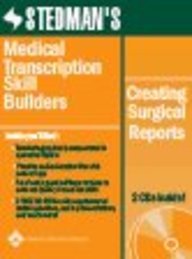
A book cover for Stedman's Medical Transcription Skill Builders: Creating Surgical Reports (Stedman's Sample Reports); Stedman's; Medical Books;